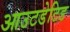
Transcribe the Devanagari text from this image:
आउटडेटिड